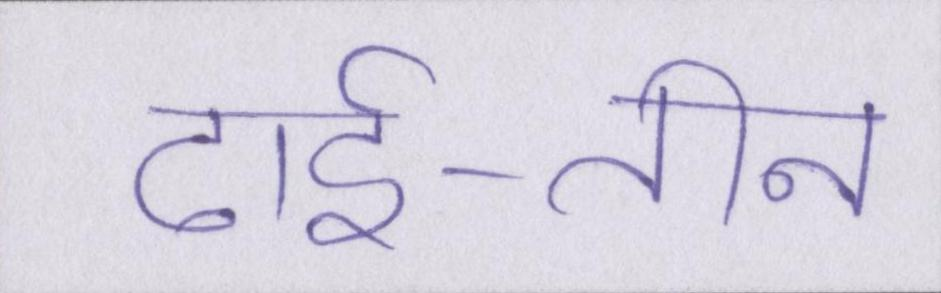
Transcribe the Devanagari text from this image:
ढाई-तीन